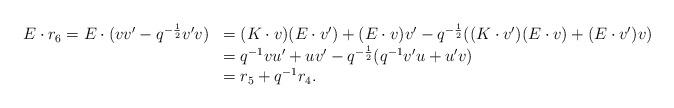
LaTeX: \begin{align*}\begin{array}{ll}E\cdot r_6 = E \cdot (vv'-q^{-\frac{1}{2}}v'v) &= (K \cdot v)(E \cdot v') + (E \cdot v)v' - q^{-\frac{1}{2}}((K \cdot v')(E \cdot v) + (E \cdot v')v)\\& = q^{-1} vu' + uv' - q^{-\frac{1}{2}}(q^{-1} v'u + u'v)\\&= r_5 + q^{-1} r_4.\end{array}\end{align*}